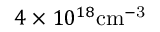
4 \times 1 0 ^ { 1 8 } \mathrm { c m ^ { - 3 } }